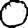
Digit: 0